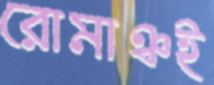
রোমাঞ্চই